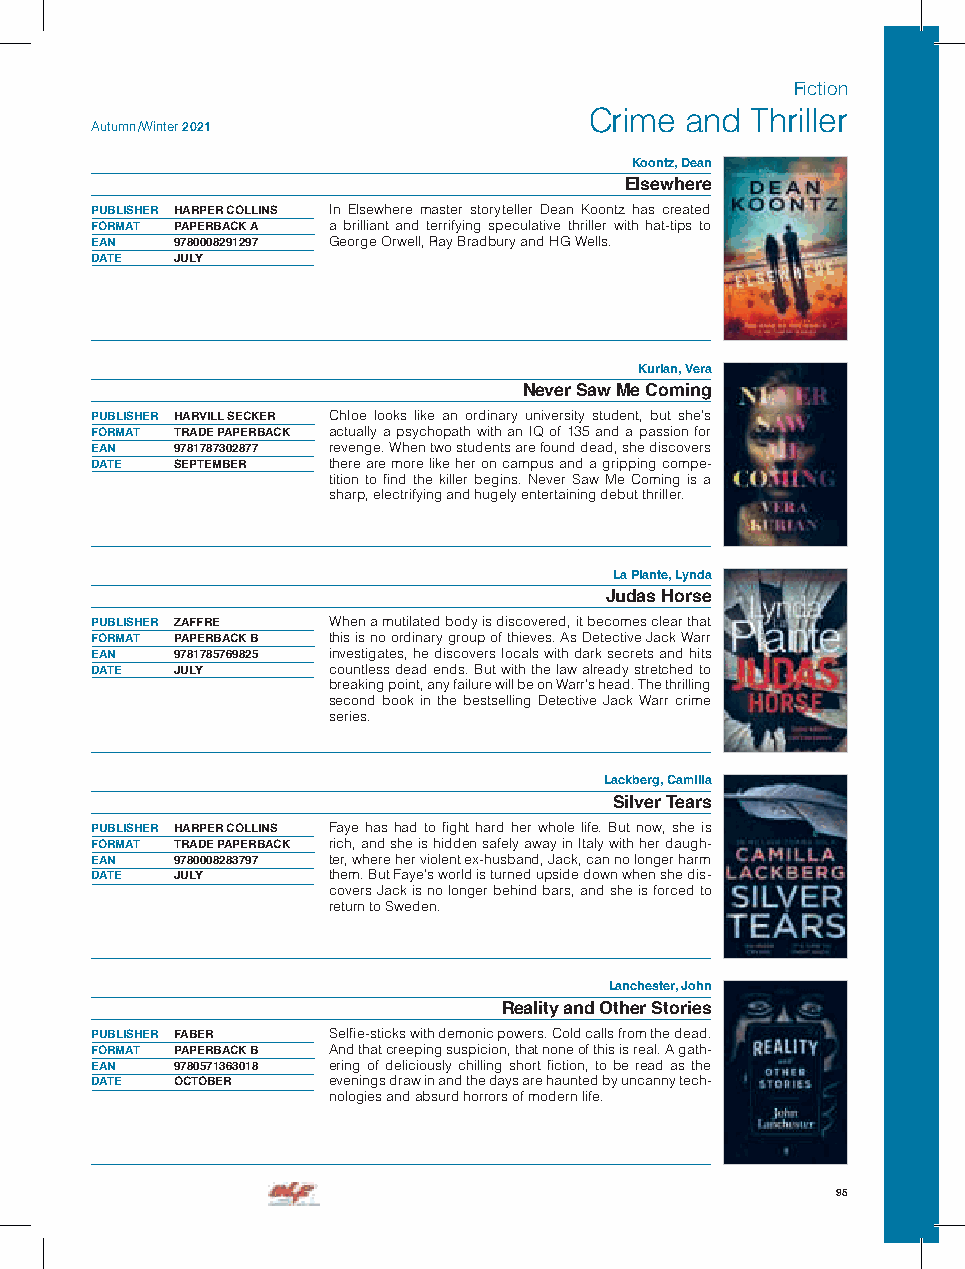
Fiction
 Crime and  Thriller
 Autumn /Winter 2021
 Koontz, Dean
 Elsewhere
 PUBLISHER HARPER COLLINS In Elsewhere master storyteller Dean Koontz has created
 FORMAT PAPERBACK A a brilliant and terrifying speculative thriller with hat-tips to
 EAN  9780008291297 George Orwell, Ray Bradbury and HG Wells.
 DATE JULY
 Kurian, Vera
 Never Saw Me Coming
 PUBLISHER HARVILL SECKER Chloe looks like an ordinary university student, but she’s
 FORMAT TRADE PAPERBACK actually a psychopath with an IQ of 135 and a passion for
 EAN  9781787302877 revenge. When two students are found dead, she discovers
 DATE SEPTEMBER  there are more like her on campus and a gripping compe-
 tition to find the killer begins. Never Saw Me Coming is a
 sharp, electrifying and hugely entertaining debut thriller.
 La Plante, Lynda
 Judas Horse
 PUBLISHER ZAFFRE When a mutilated body is discovered, it becomes clear that
 FORMAT PAPERBACK B this is no ordinary group of thieves. As Detective Jack Warr
 EAN  9781785769825 investigates, he discovers locals with dark secrets and hits
 DATE JULY       countless dead ends. But with the law already stretched to
 breaking point, any failure will be on Warr’s head. The thrilling
 second book in the bestselling Detective Jack Warr crime
 series.
 Lackberg, Camilla
 Silver Tears
 PUBLISHER HARPER COLLINS Faye has had to fight hard her whole life. But now, she is
 FORMAT TRADE PAPERBACK rich, and she is hidden safely away in Italy with her daugh-
 EAN  9780008283797 ter, where her violent ex-husband, Jack, can no longer harm
 DATE JULY       them. But Faye’s world is turned upside down when she dis-
 covers Jack is no longer behind bars, and she is forced to
 return to Sweden.
 Lanchester, John
 Reality and Other Stories
 PUBLISHER FABER Selfie-sticks with demonic powers. Cold calls from the dead.
 FORMAT PAPERBACK B And that creeping suspicion, that none of this is real. A gath-
 EAN  9780571363018 ering of deliciously chilling short fiction, to be read as the
 DATE OCTOBER    evenings draw in and the days are haunted by uncanny tech-
 nologies and absurd horrors of modern life.
 95